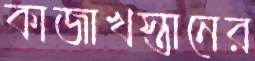
কাজাখস্তানের